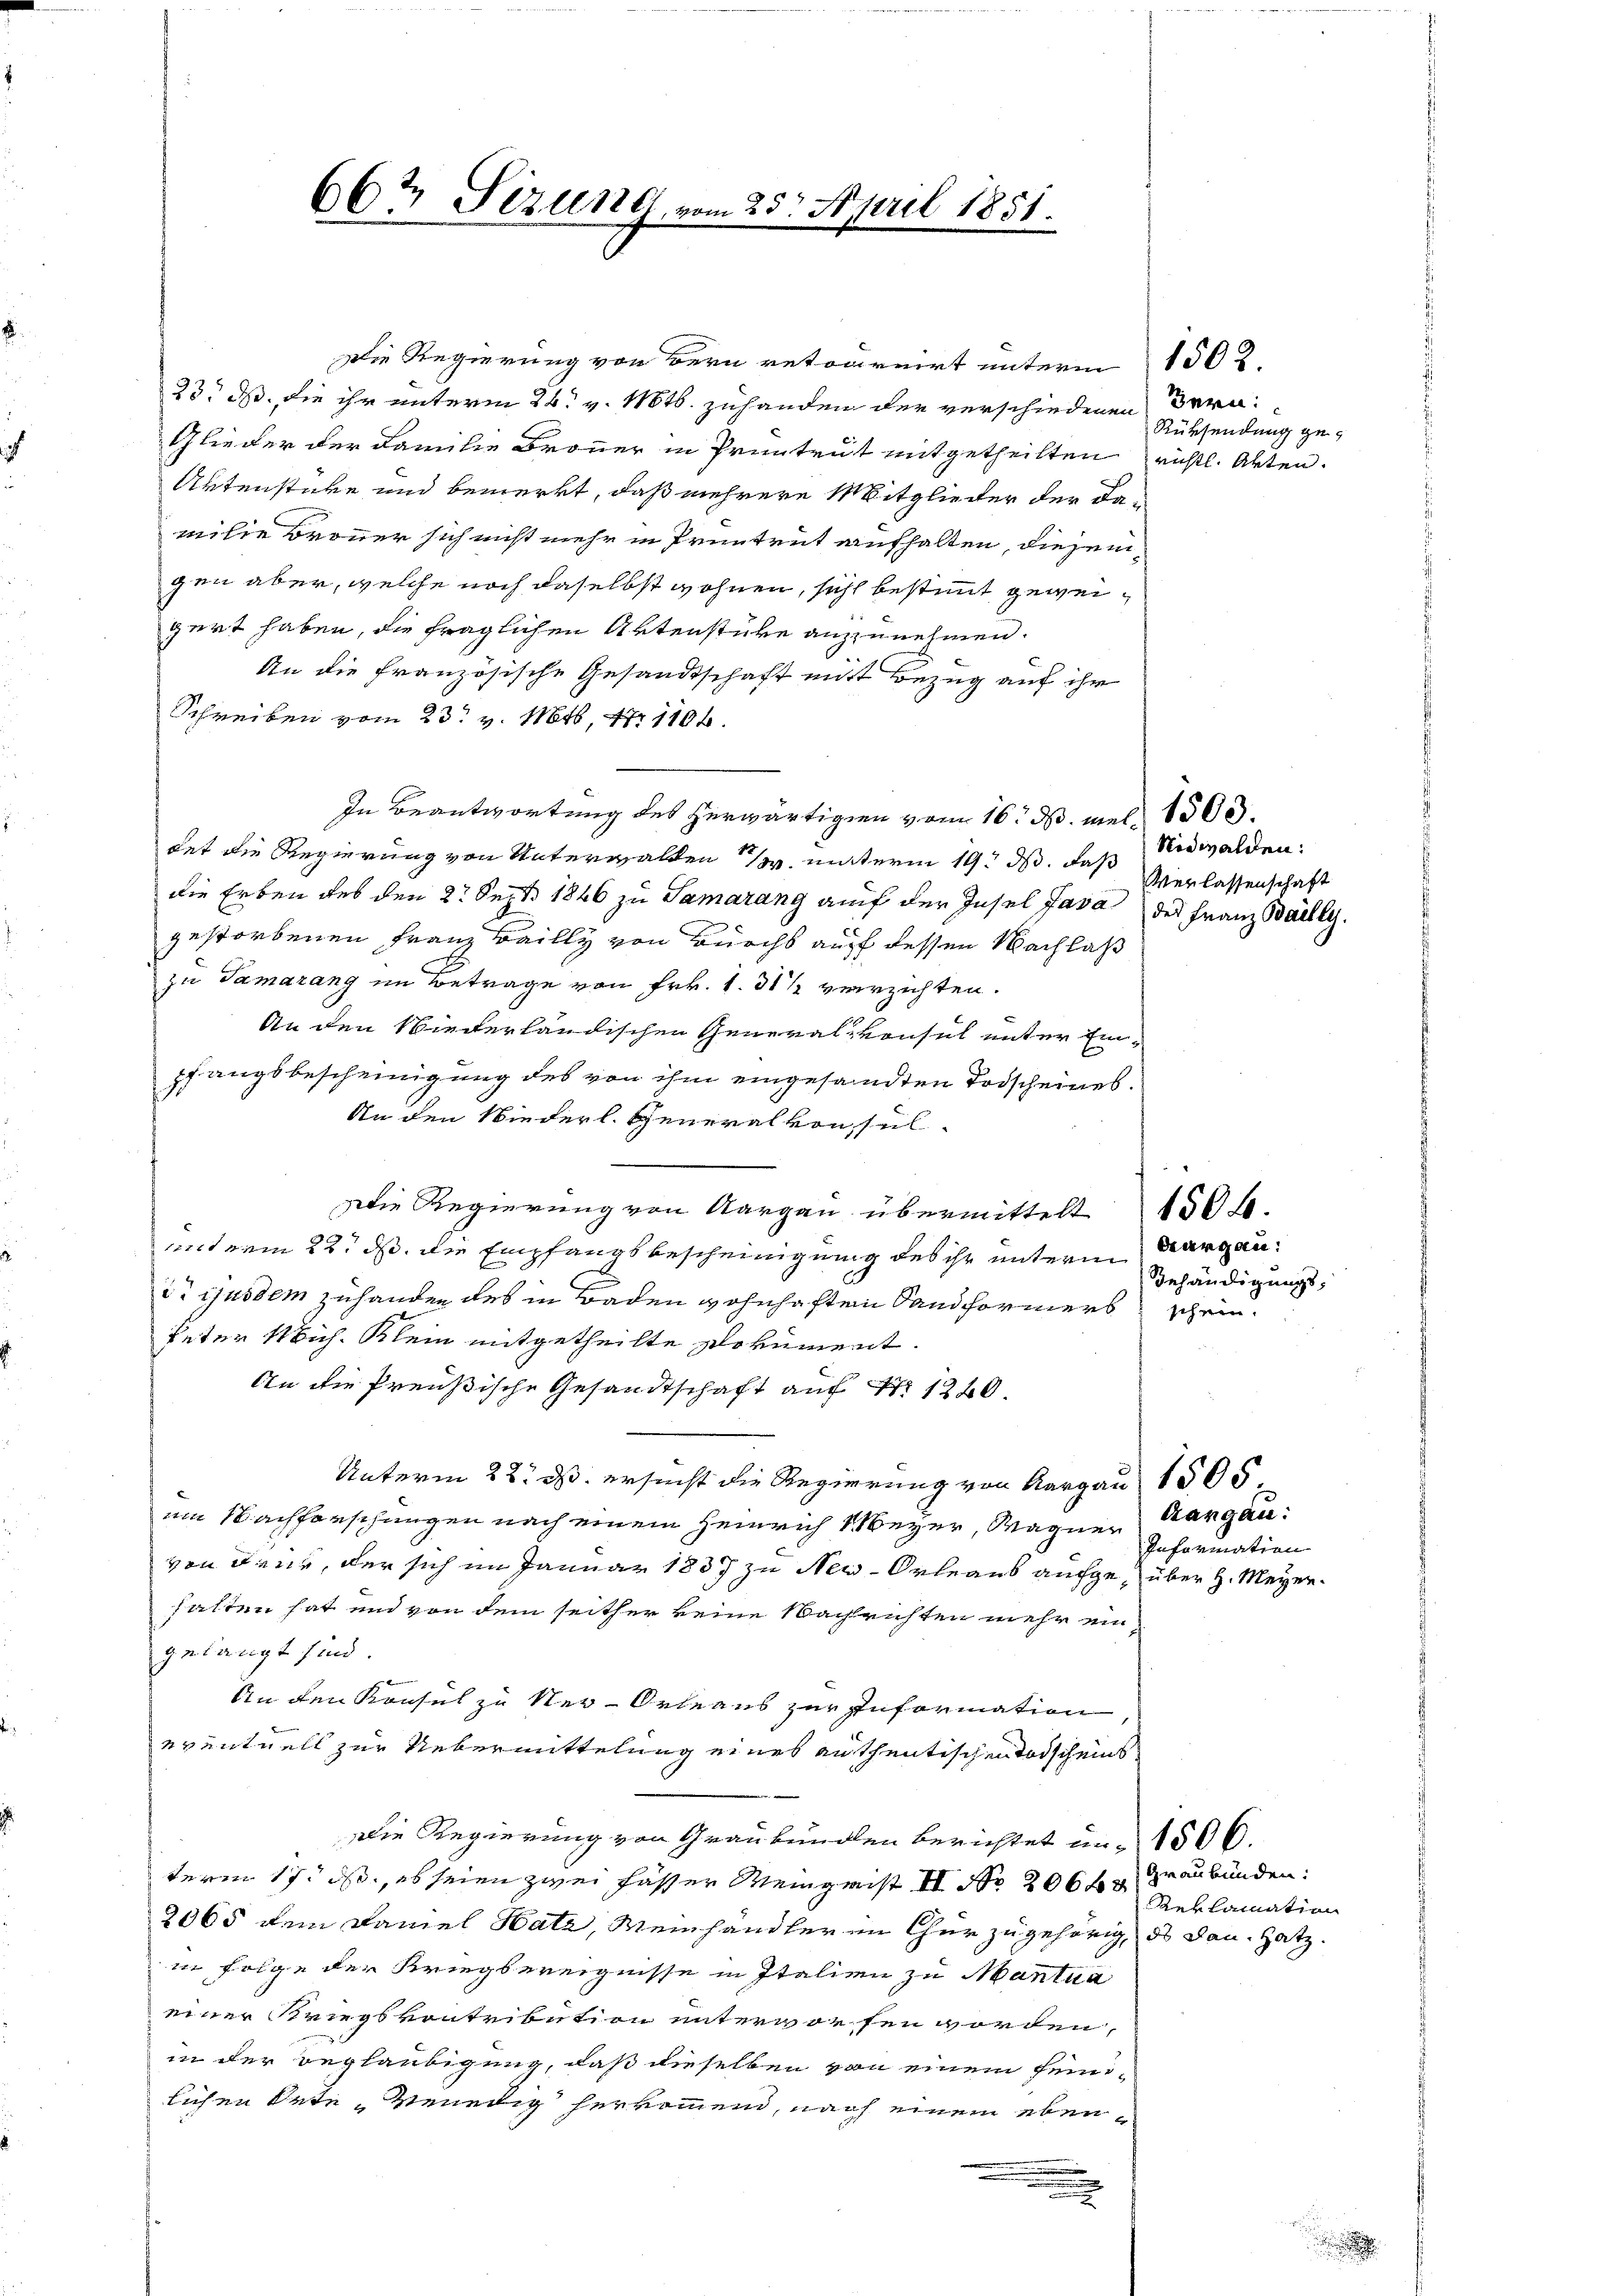
667 Sizung, vom 25. April 1851.

Die Regierung von dern retournirt unterm 1302
23. ds. die ihr unterm 26. v. Mts. zuhanden der verschiedenen
Glieder der Familie Bronner in Pruntrut mitgetheilten richtl. Akten.
Aktenstücke und bemerkt, daß mehrere Mitglieder der damilie Bronner sich nicht mehr in Pruntrut aufhalten, diesem
gen aber, welche noch daselbst wohnen, sich bestimmt geweigert haben, die fraglichen Artenstüke anzunehmen.
An die französische Gesandtschaft mit Bezug auf ihr
Schreiben vom 23. v. Mts. N. 1104.
In Beantwortung des herwärtigen vom 16. d. mel, 1500.
tet die Regierung von Unterwalden unterm 19. ds. daß
die Erben des den 2. Sept. 1846 zu Samarang auf der Insel Java des Franz Bally.
gestorbenen Franz Bailly von Burchs auff dessen Nachlaß
zu Samarang im Betrage von Frk. 1. 31 1/2 verzichten.
An den Niederländischen Generalkonsul unter Ein-
pfangsbescheinigung des von ihm eingesandten Todscheines
An den Niederl. Generalkonsul
Die Regierung von Aargau übermittelt 150 fl.
unterm 22. ds. die Empfangsbescheinigung des ihr unterm Aargau:
i ejusdem zuhanden des in Baden Wohnhaften Sandformers schein¬
Peter Mich. Klein mitgetheilte Dokument.
An die Preußische Gesandtschaft auf No 1240.
Unterm 22. ds. ersucht die Regierung von Aargau 1505
am Nachforschungen nach einem Heinrich 1 Meyer, Wagner Aargau:
von denn, der sich im Januar 1887 zu New-Orleaus aufge- über H. Meyerhalten hat und von dem seither keine Nachrichten mehr ein
gelangt sind.
An den Konsul zu Neu-Orleans zur Information
eventuell zur Uebermittelung eines authentischen Todscheins
Die Regierung von Graubünden berichtet in 1500.
term 17. ds, es seien zwei Hasser Meingrist II No 206 f. Graubünden:
2065 dem Famel Hatz, Meinhandler im Chur zugehörig, des Dan. Hatz.
in Folge der Kriegbereignisse in Italien zu Mantua
einer Kriegsvontribution unterworfen worden,
in der Beglaubigung, daß dieselben von einem feinilichen Orte Venedig herkommen, nach einem eben¬
.
e

Bern:
Rücksendung ge¬

Nidwalden:
Verlassenschaft

Gehändigungs¬

Information

Reklamation